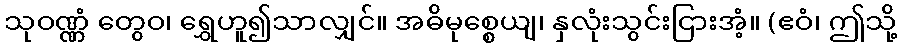
သုဝဏ္ဏံ တွေဝ၊ ရွှေဟူ၍သာလျှင်။ အဓိမုစ္စေယျ၊ နှလုံးသွင်းငြားအံ့။ (ဧဝံ၊ ဤသို့